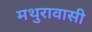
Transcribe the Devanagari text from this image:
मथुरावासी